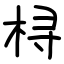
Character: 桪